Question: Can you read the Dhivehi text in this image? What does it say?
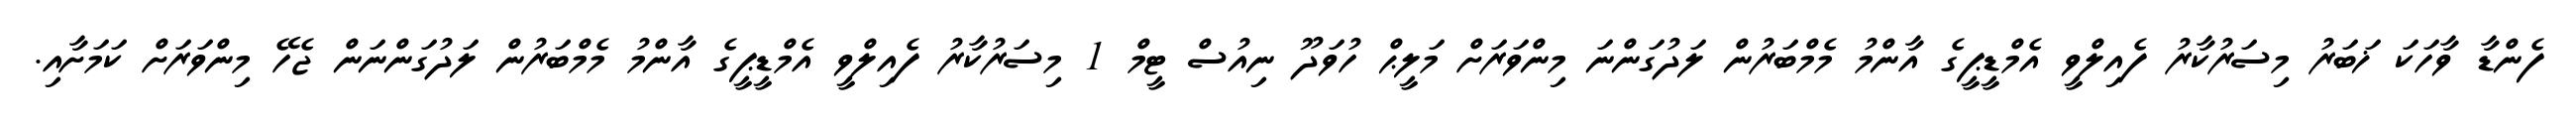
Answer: ފެންޑާ ވާހަކަ ޚަބަރު މިސަރުކާރު ފެއިލްވީ އެމްޑީޕީގެ އާންމު މެމްބަރުން ލަދުގަންނަ މިންވަރަށް މަލީޙް ހުވަދޫ ނިއުސް ޓީމް 1 މިސަރުކާރު ފެއިލްވީ އެމްޑީޕީގެ އާންމު މެމްބަރުން ލަދުގަންނަން ޖެހޭ މިންވަރަށް ކަމަށާއި.